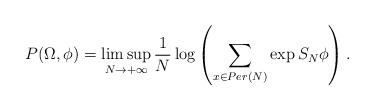
LaTeX: \begin{align*}P(\Omega,\phi) = \limsup\limits_{N \to +\infty}\dfrac{1}{N}\log\left(\sum\limits_{x \in Per(N)}\exp{S_N\phi}\right).\end{align*}